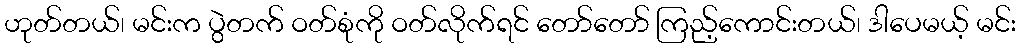
ဟုတ်တယ်၊ မင်းက ပွဲတက် ဝတ်စုံကို ဝတ်လိုက်ရင် တော်တော် ကြည့်ကောင်းတယ်၊ ဒါပေမယ့် မင်း